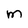
Character: M